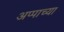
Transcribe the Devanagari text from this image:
अप्पाच्या